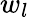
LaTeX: w_{l}